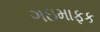
ગઇમાફક